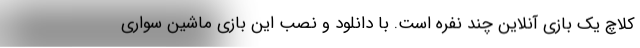
کلاچ یک بازی آنلاین چند نفره است. با دانلود و نصب این بازی ماشین سواری